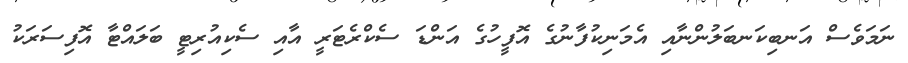
ނަމަވެސް އަނބިކަނބަލުންނާއި އެމަނިކުފާނުގެ އޮފީހުގެ އަންޑަ ސެކްރެޓަރީ އާއި ސެކިއުރިޓީ ބަލައްޓާ އޮފިސަރަކު